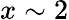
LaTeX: x\sim 2